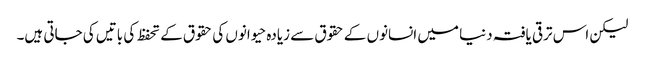
لیکن اس ترقی یافتہ دنیا میں انسانوں کے حقوق سے زیادہ حیوانوں کی حقوق کے تحفظ کی باتیں کی جاتی ہیں۔